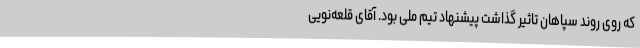
که روی روند سپاهان تاثیر گذاشت پیشنهاد تیم ملی بود. آقای قلعه‌نویی